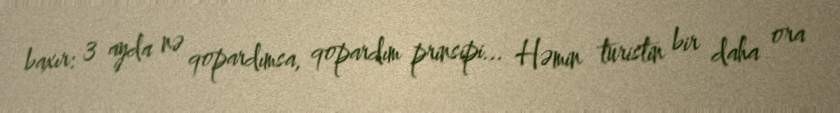
baxır: 3 ayda nə qopardımsa, qopardım prinsipi... Həmin turistin bir daha ora